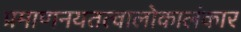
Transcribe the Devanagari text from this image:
प्रमाणनयतत्वालोकालंकार